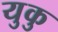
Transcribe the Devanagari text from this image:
युकु